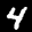
Label: 4